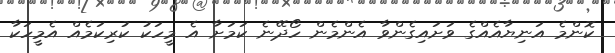
ކޮންމެ އަނިޔާއެއްގެ ވަށައިގެންވާ އެންމެން ހޯދޭނެ ކަމަށާ އެ މީހަކު ކުރިކަމެއް އެމީހަކާ